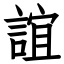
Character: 誼